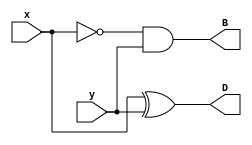
module half_sub_2(x, y, D, B);
	input x, y;
	output D, B;
	assign D = x ^ y;
	assign B = ~x & y;
endmodule